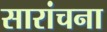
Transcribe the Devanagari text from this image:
सारांचना